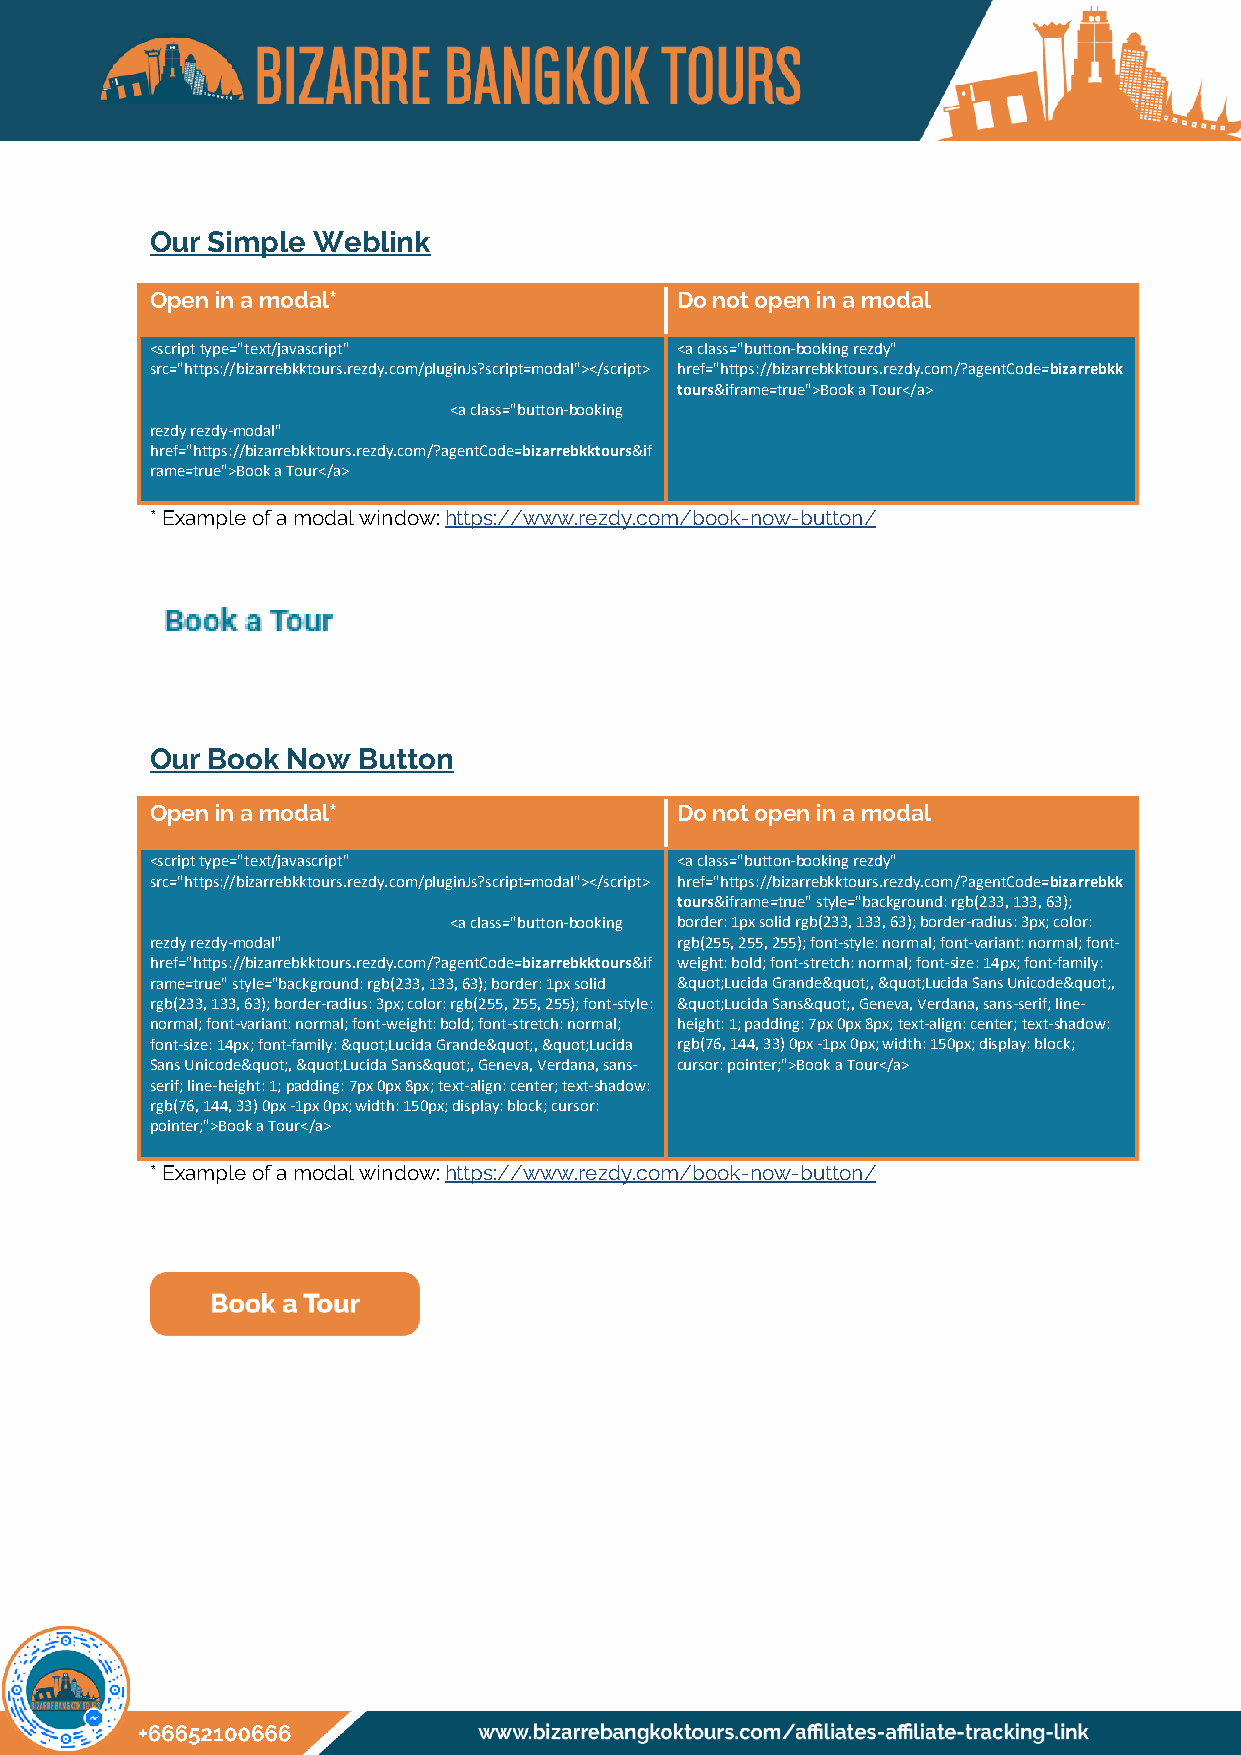
Our Simple Weblink
 Open in a modal*                   Do not open in a modal
 <script type="text/javascript"     <a class="button-booking rezdy"
 src="https://bizarrebkktours.rezdy.com/pluginJs?script=modal"></script> href="https://bizarrebkktours.rezdy.com/?agentCode=bizarrebkk
 tours&iframe=true">Book a Tour</a>
 <a class="button-booking
 rezdy rezdy-modal"
 href="https://bizarrebkktours.rezdy.com/?agentCode=bizarrebkktours&if
 rame=true">Book a Tour</a>
 * Example of a modal window: https://www.rezdy.com/book-now-button/
 Our Book Now  Button
 Open in a modal*                   Do not open in a modal
 <script type="text/javascript"     <a class="button-booking rezdy"
 src="https://bizarrebkktours.rezdy.com/pluginJs?script=modal"></script> href="https://bizarrebkktours.rezdy.com/?agentCode=bizarrebkk
 tours&iframe=true" style="background: rgb(233, 133, 63);
 <a class="button-booking border: 1px solid rgb(233, 133, 63); border-radius: 3px; color:
 rezdy rezdy-modal"                 rgb(255, 255, 255); font-style: normal; font-variant: normal; font-
 href="https://bizarrebkktours.rezdy.com/?agentCode=bizarrebkktours&if weight: bold; font-stretch: normal; font-size: 14px; font-family:
 rame=true" style="background: rgb(233, 133, 63); border: 1px solid &quot;Lucida Grande&quot;, &quot;Lucida Sans Unicode&quot;,
 rgb(233, 133, 63); border-radius: 3px; color: rgb(255, 255, 255); font-style: &quot;Lucida Sans&quot;, Geneva, Verdana, sans-serif; line-
 normal; font-variant: normal; font-weight: bold; font-stretch: normal; height: 1; padding: 7px 0px 8px; text-align: center; text-shadow:
 font-size: 14px; font-family: &quot;Lucida Grande&quot;, &quot;Lucida rgb(76, 144, 33) 0px -1px 0px; width: 150px; display: block;
 Sans Unicode&quot;, &quot;Lucida Sans&quot;, Geneva, Verdana, sans- cursor: pointer;">Book a Tour</a>
 serif; line-height: 1; padding: 7px 0px 8px; text-align: center; text-shadow:
 rgb(76, 144, 33) 0px -1px 0px; width: 150px; display: block; cursor:
 pointer;">Book a Tour</a>
 * Example of a modal window: https://www.rezdy.com/book-now-button/